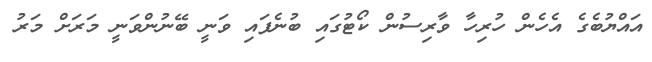
އައްޔުބެގެ އެހެން ހުރިހާ ވާރިސުން ކޯޓުގައި ބުނެފައި ވަނީ ބޭނުންވަނީ މަރަށް މަރު